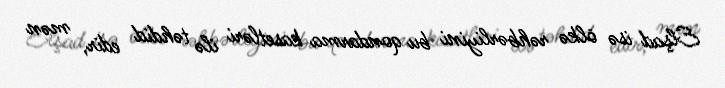
Elşad isə ölkə rəhbərliyini bu qondarma kasetləri ilə təhdid edir, mən